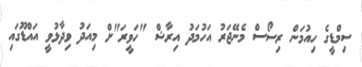
ސިމްޑީގެ ހިއުމަން ރިސޯސް މެނޭޖަރު އަހުމަދު އިރާޝް "ހަވީރަ"ށް މިއަދު ވިދާޅުވީ އައްޑޫގައި